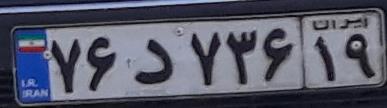
۷۶د۷۳۶۱۹